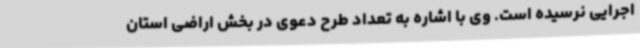
اجرایی نرسیده است. وی با اشاره به تعداد طرح‌ دعوی در بخش اراضی استان